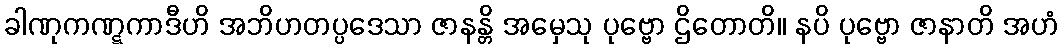
ခါဏုကဏ္ဋကာဒီဟိ အဘိဟတပ္ပဒေသာ ဇာနန္တိ အမှေသု ပုဗ္ဗော ဌိတောတိ။ နပိ ပုဗ္ဗော ဇာနာတိ အဟံ